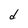
Character: d